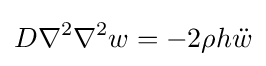
D\nabla ^{2}\nabla ^{2}w=-2\rho h{\ddot {w}}